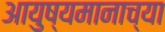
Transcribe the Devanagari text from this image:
आयुष्यमानाच्या